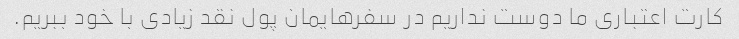
کارت اعتباری ما دوست نداریم در سفرهایمان پول نقد زیادی با خود ببریم.